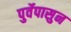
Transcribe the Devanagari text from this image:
पुर्वेपासुन